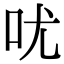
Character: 㕱